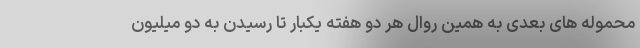
محموله های بعدی به همین روال هر دو هفته یکبار تا رسیدن به دو میلیون